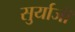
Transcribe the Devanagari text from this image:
सुर्याजी